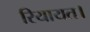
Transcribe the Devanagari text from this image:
रियायत।